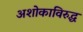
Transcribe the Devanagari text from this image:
अशोकाविरुद्ध